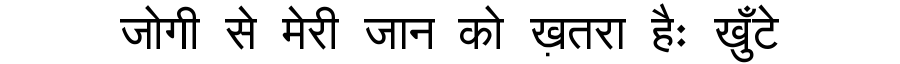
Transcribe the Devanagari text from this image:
जोगी से मेरी जान को ख़तरा हैः खुँटे